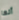
أنها